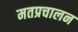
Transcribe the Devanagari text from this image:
मतप्रचालन